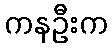
ကနဦးက